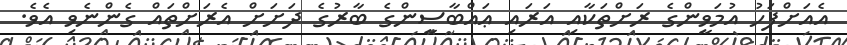
އެއަށްފަހު އުމަވީންގެ ރަށްތަކާއި އަރައި ޢައްބާސީންގެ ބާރުގެ ދަށަށް އެރަށްތައް ގެންނެވި އެވެ.